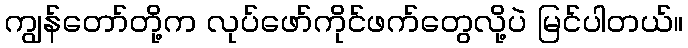
ကျွန်တော်တို့က လုပ်ဖော်ကိုင်ဖက်တွေလို့ပဲ မြင်ပါတယ်။